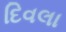
દિવલા